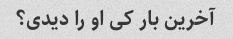
آخرین بار کی او را دیدی؟